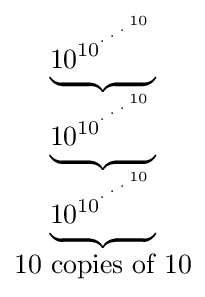
{\begin{matrix}\underbrace {10_{}^{10^{{}^{.\,^{.\,^{.\,^{10}}}}}}} \\\underbrace {10_{}^{10^{{}^{.\,^{.\,^{.\,^{10}}}}}}} \\\underbrace {10_{}^{10^{{}^{.\,^{.\,^{.\,^{10}}}}}}} \\10{\mbox{ copies of }}10\end{matrix}}